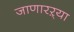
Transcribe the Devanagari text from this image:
जाणारऱ्या